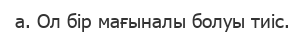
а. Ол бір мағыналы болуы тиіс.